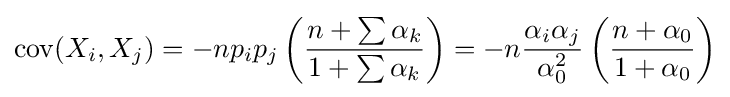
\operatorname {cov} (X_{i},X_{j})=-np_{i}p_{j}\left({\frac {n+\sum \alpha _{k}}{1+\sum \alpha _{k}}}\right)=-n{\frac {\alpha _{i}\alpha _{j}}{\alpha _{0}^{2}}}\left({\frac {n+\alpha _{0}}{1+\alpha _{0}}}\right)